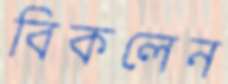
বিকলেন